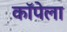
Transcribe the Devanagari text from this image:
कॉपेला